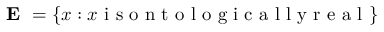
\textbf { E } = \{ x : x \textnormal { i s o n t o l o g i c a l l y r e a l } \}